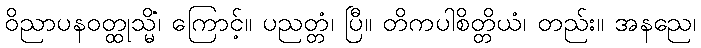
ဝိညာပနဝတ္ထုသ္မိံ၊ ကြောင့်။ ပညတ္တံ၊ ပြီ။ တိကပါစိတ္တိယံ၊ တည်း။ အနညေ၊